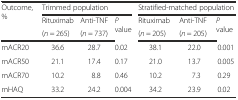
<table><thead><tr><td rowspan="3"><b>Outcome, %</b></td><td colspan="3"><b>Trimmed population</b></td><td colspan="3"><b>Stratified-matched population</b></td></tr><tr><td><b>Rituximab</b></td><td><b>Anti-TNF</b></td><td rowspan="2"><b><i>P</i> value</b></td><td><b>Rituximab</b></td><td><b>Anti-TNF</b></td><td rowspan="2"><b><i>P</i> value</b></td></tr><tr><td><b>(<i>n</i> = 265)</b></td><td><b>(<i>n</i> = 737)</b></td><td><b>(<i>n</i> = 205)</b></td><td><b>(<i>n</i> = 205)</b></td></tr></thead><tbody><tr><td>mACR20</td><td>36.6</td><td>28.7</td><td>0.02</td><td>38.1</td><td>22.0</td><td>0.001</td></tr><tr><td>mACR50</td><td>21.1</td><td>17.4</td><td>0.17</td><td>21.0</td><td>13.7</td><td>0.005</td></tr><tr><td>mACR70</td><td>10.2</td><td>8.8</td><td>0.46</td><td>10.2</td><td>7.3</td><td>0.29</td></tr><tr><td>mHAQ</td><td>33.2</td><td>24.2</td><td>0.004</td><td>34.2</td><td>23.9</td><td>0.02</td></tr></tbody></table>